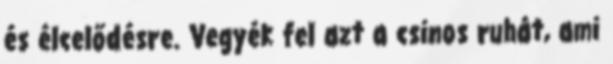
és élcelődésre. Vegyék fel azt a csinos ruhát, ami